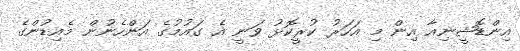
އިންޑޮޝީނިއާ އިން މި އަހަރު ކުރީކޮޅު ވަނީ އެ ގައުމުގެ އަންހެނުން މެއިޑުންގެ